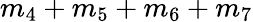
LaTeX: m_{4}+m_{5}+m_{6}+m_{7}